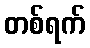
တစ်ရက်